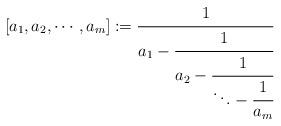
LaTeX: \begin{align*}[a_1,a_2, \cdots ,a_m]:=\cfrac{1}{a_1-\cfrac{1}{a_2-\cfrac{1}{\ddots -\cfrac{1}{a_{m}}}}}\end{align*}